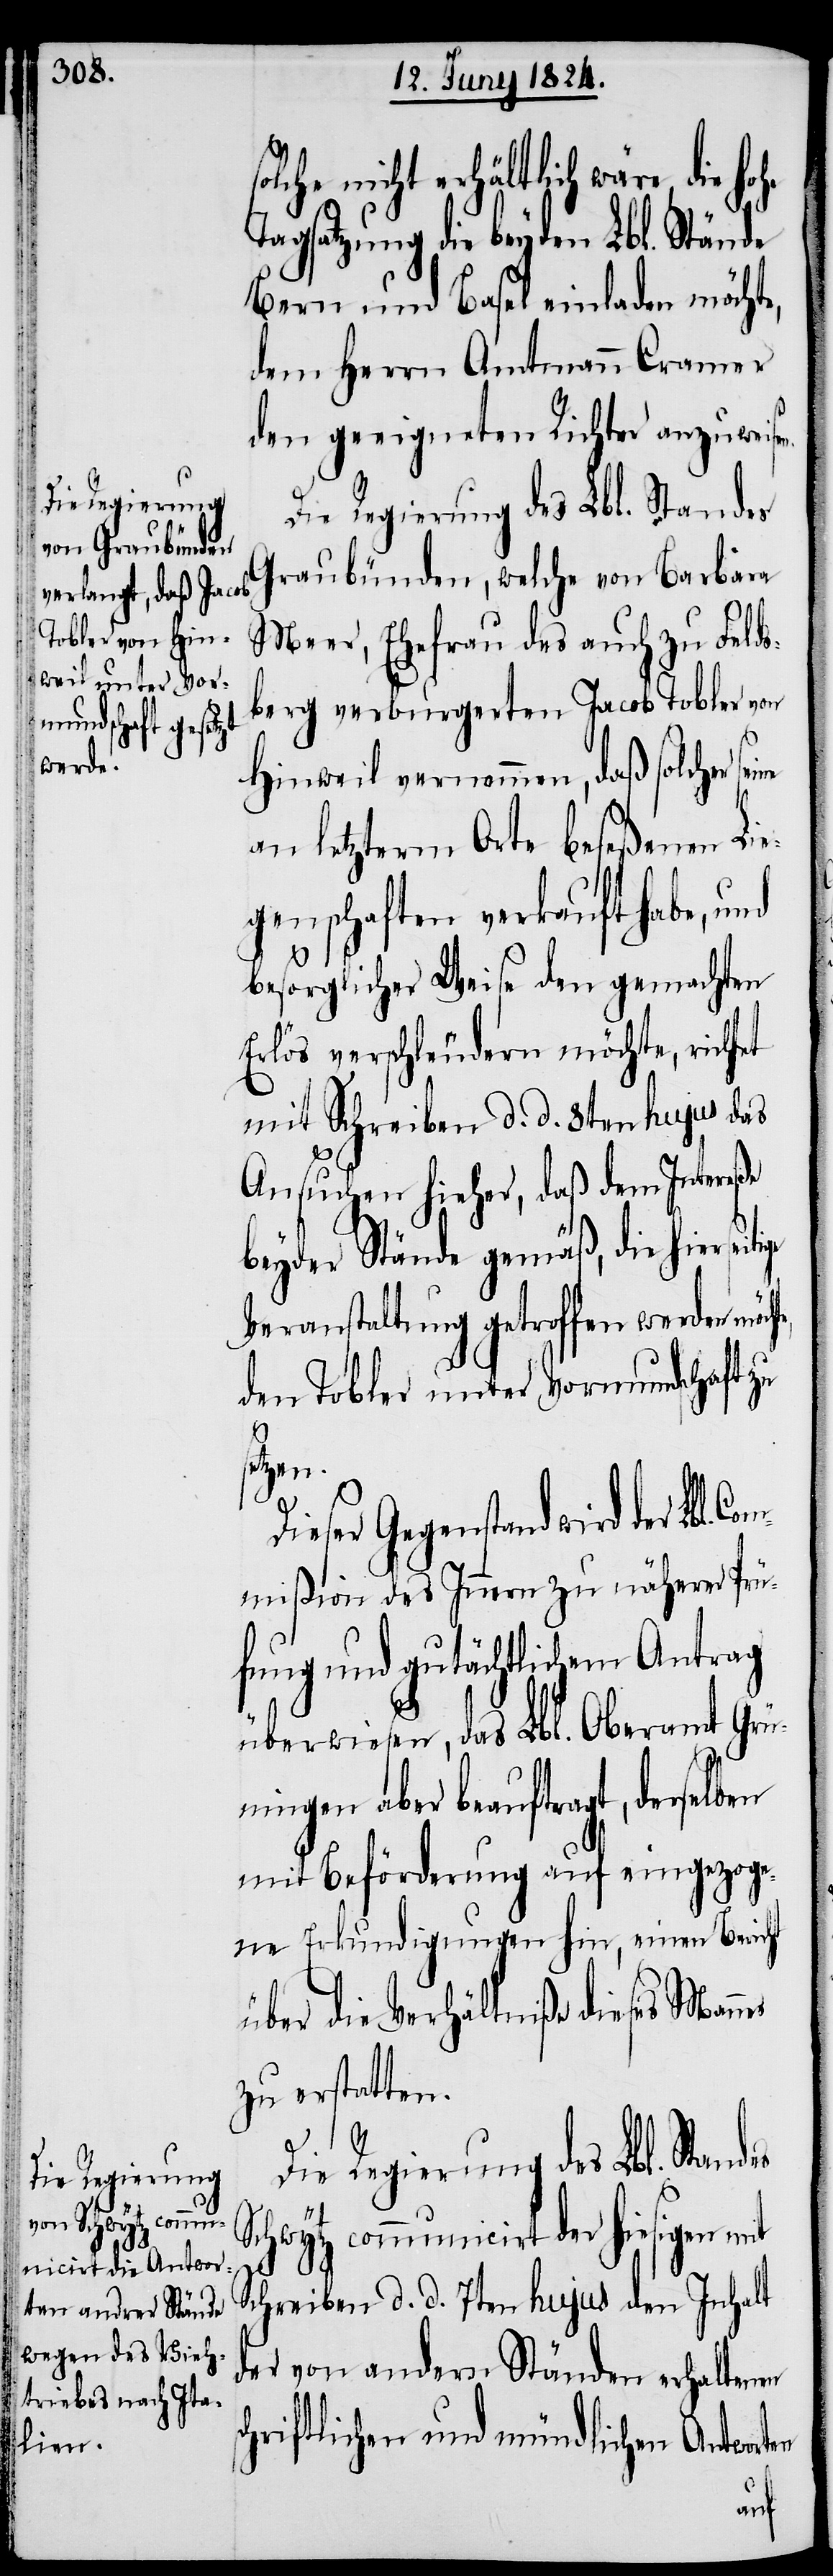
olche nicht erhältlich wäre, die h¬
Tagsatzung die beyden Lbl[ichen].
Bern und Basel einladen möchte,
dem Herrn Amtmann Cramer
den geeigneten Richter anzuweise¬
Die Regierung des Lbl. Standes
Graubünden, welche von Barbara
Meer, Ehefrau des auch zu Felds¬
berg verburgerten Jacob Tobler von
Hinweil vernommen, daß solcher
an letzterm Orte beseßenen Lie¬
genschaften verkauft habe, und
besorglicher Weise den gemachten
Erlös verschleudern möchte, richtet
mit Schreiben d. d. 8ten hujus das
Ansuchen hieher, daß dem Intereße
beyder Stände gemäß, die hiersei¬
Veranstaltung getroffen werden möch¬
den Tobler unter Vormundschaft zu
setzen.
Dieser Gegenstand wird der
mißion des Innern zu näherer Prü¬
fung und gutächtlichem Antrag
überwiesen, das Lbl. Oberamt Grü¬
ningen aber beauftragt, derselben
mit Beförderung auf eingezoge¬
ne Erkundigungen hin, einen Bericht
über die Verhältniße dieses Man¬
zu erstatten.
Die Regierung des Lbl. Standes
Schwytz communicirt der hiesigen mit
Schreiben d. d. 7ten hujus den Inhalt
der von andern Ständen erhaltenen
hriftlichen und mündlichen Antworten
sc¬